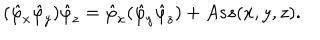
( \hat { \varphi } _ { x } \hat { \varphi } _ { y } ) \hat { \varphi } _ { z } = \hat { \varphi } _ { x } ( \hat { \varphi } _ { y } \hat { \varphi } _ { z } ) + A s s ( x , y , z ) .